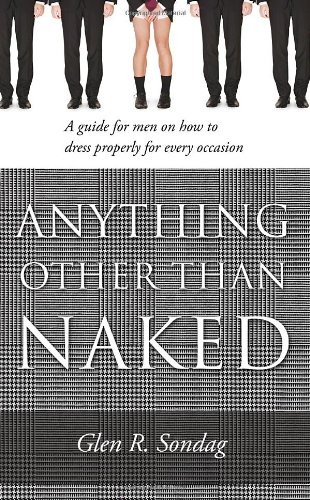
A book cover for Anything Other Than Naked - A guide for men on how to dress properly for every occassion; Glen R. Sondag; Health, Fitness & Dieting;